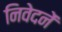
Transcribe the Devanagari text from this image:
निवेदनें